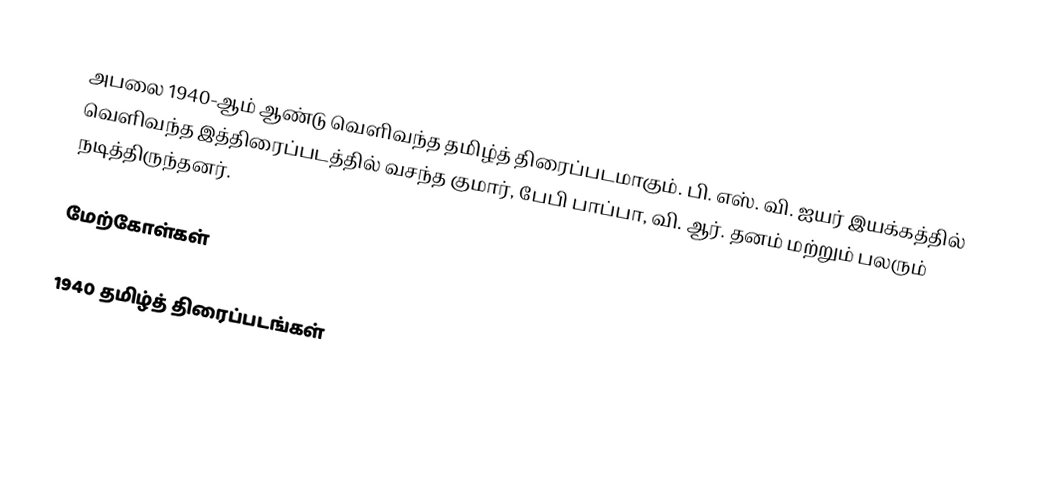
அபலை 1940-ஆம் ஆண்டு வெளிவந்த தமிழ்த் திரைப்படமாகும். பி. எஸ். வி. ஐயர் இயக்கத்தில் வெளிவந்த இத்திரைப்படத்தில் வசந்த குமார், பேபி பாப்பா, வி. ஆர். தனம் மற்றும் பலரும் நடித்திருந்தனர்.

மேற்கோள்கள்

1940 தமிழ்த் திரைப்படங்கள்